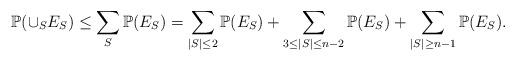
LaTeX: \begin{align*} \mathbb{P}(\cup_S E_S) &\le \sum_S \mathbb{P}(E_S) = \sum_{|S| \le 2} \mathbb{P}(E_S) + \sum_{3 \leq |S| \leq n - 2} \mathbb{P}(E_S) + \sum_{ |S| \ge n - 1} \mathbb{P}(E_S). \end{align*}